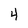
Character: 4